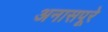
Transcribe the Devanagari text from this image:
अनासपूरे